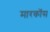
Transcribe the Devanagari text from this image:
मारकॉस